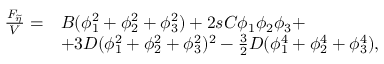
\begin{array} { r l } { \frac { F _ { \widetilde { \eta } } } { V } = } & { B ( \phi _ { 1 } ^ { 2 } + \phi _ { 2 } ^ { 2 } + \phi _ { 3 } ^ { 2 } ) + 2 s C \phi _ { 1 } \phi _ { 2 } \phi _ { 3 } + } \\ & { + 3 D ( \phi _ { 1 } ^ { 2 } + \phi _ { 2 } ^ { 2 } + \phi _ { 3 } ^ { 2 } ) ^ { 2 } - \frac { 3 } { 2 } D ( \phi _ { 1 } ^ { 4 } + \phi _ { 2 } ^ { 4 } + \phi _ { 3 } ^ { 4 } ) , } \end{array}